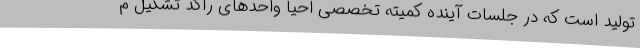
تولید است که در جلسات آینده کمیته تخصصی احیا واحدهای راکد تشکیل م